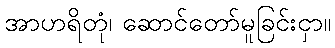
အာဟရိတုံ၊ ဆောင်တော်မူခြင်းငှာ။